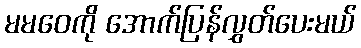
မမဝေကို အောက်ပြန်လွှတ်ပေးမယ်